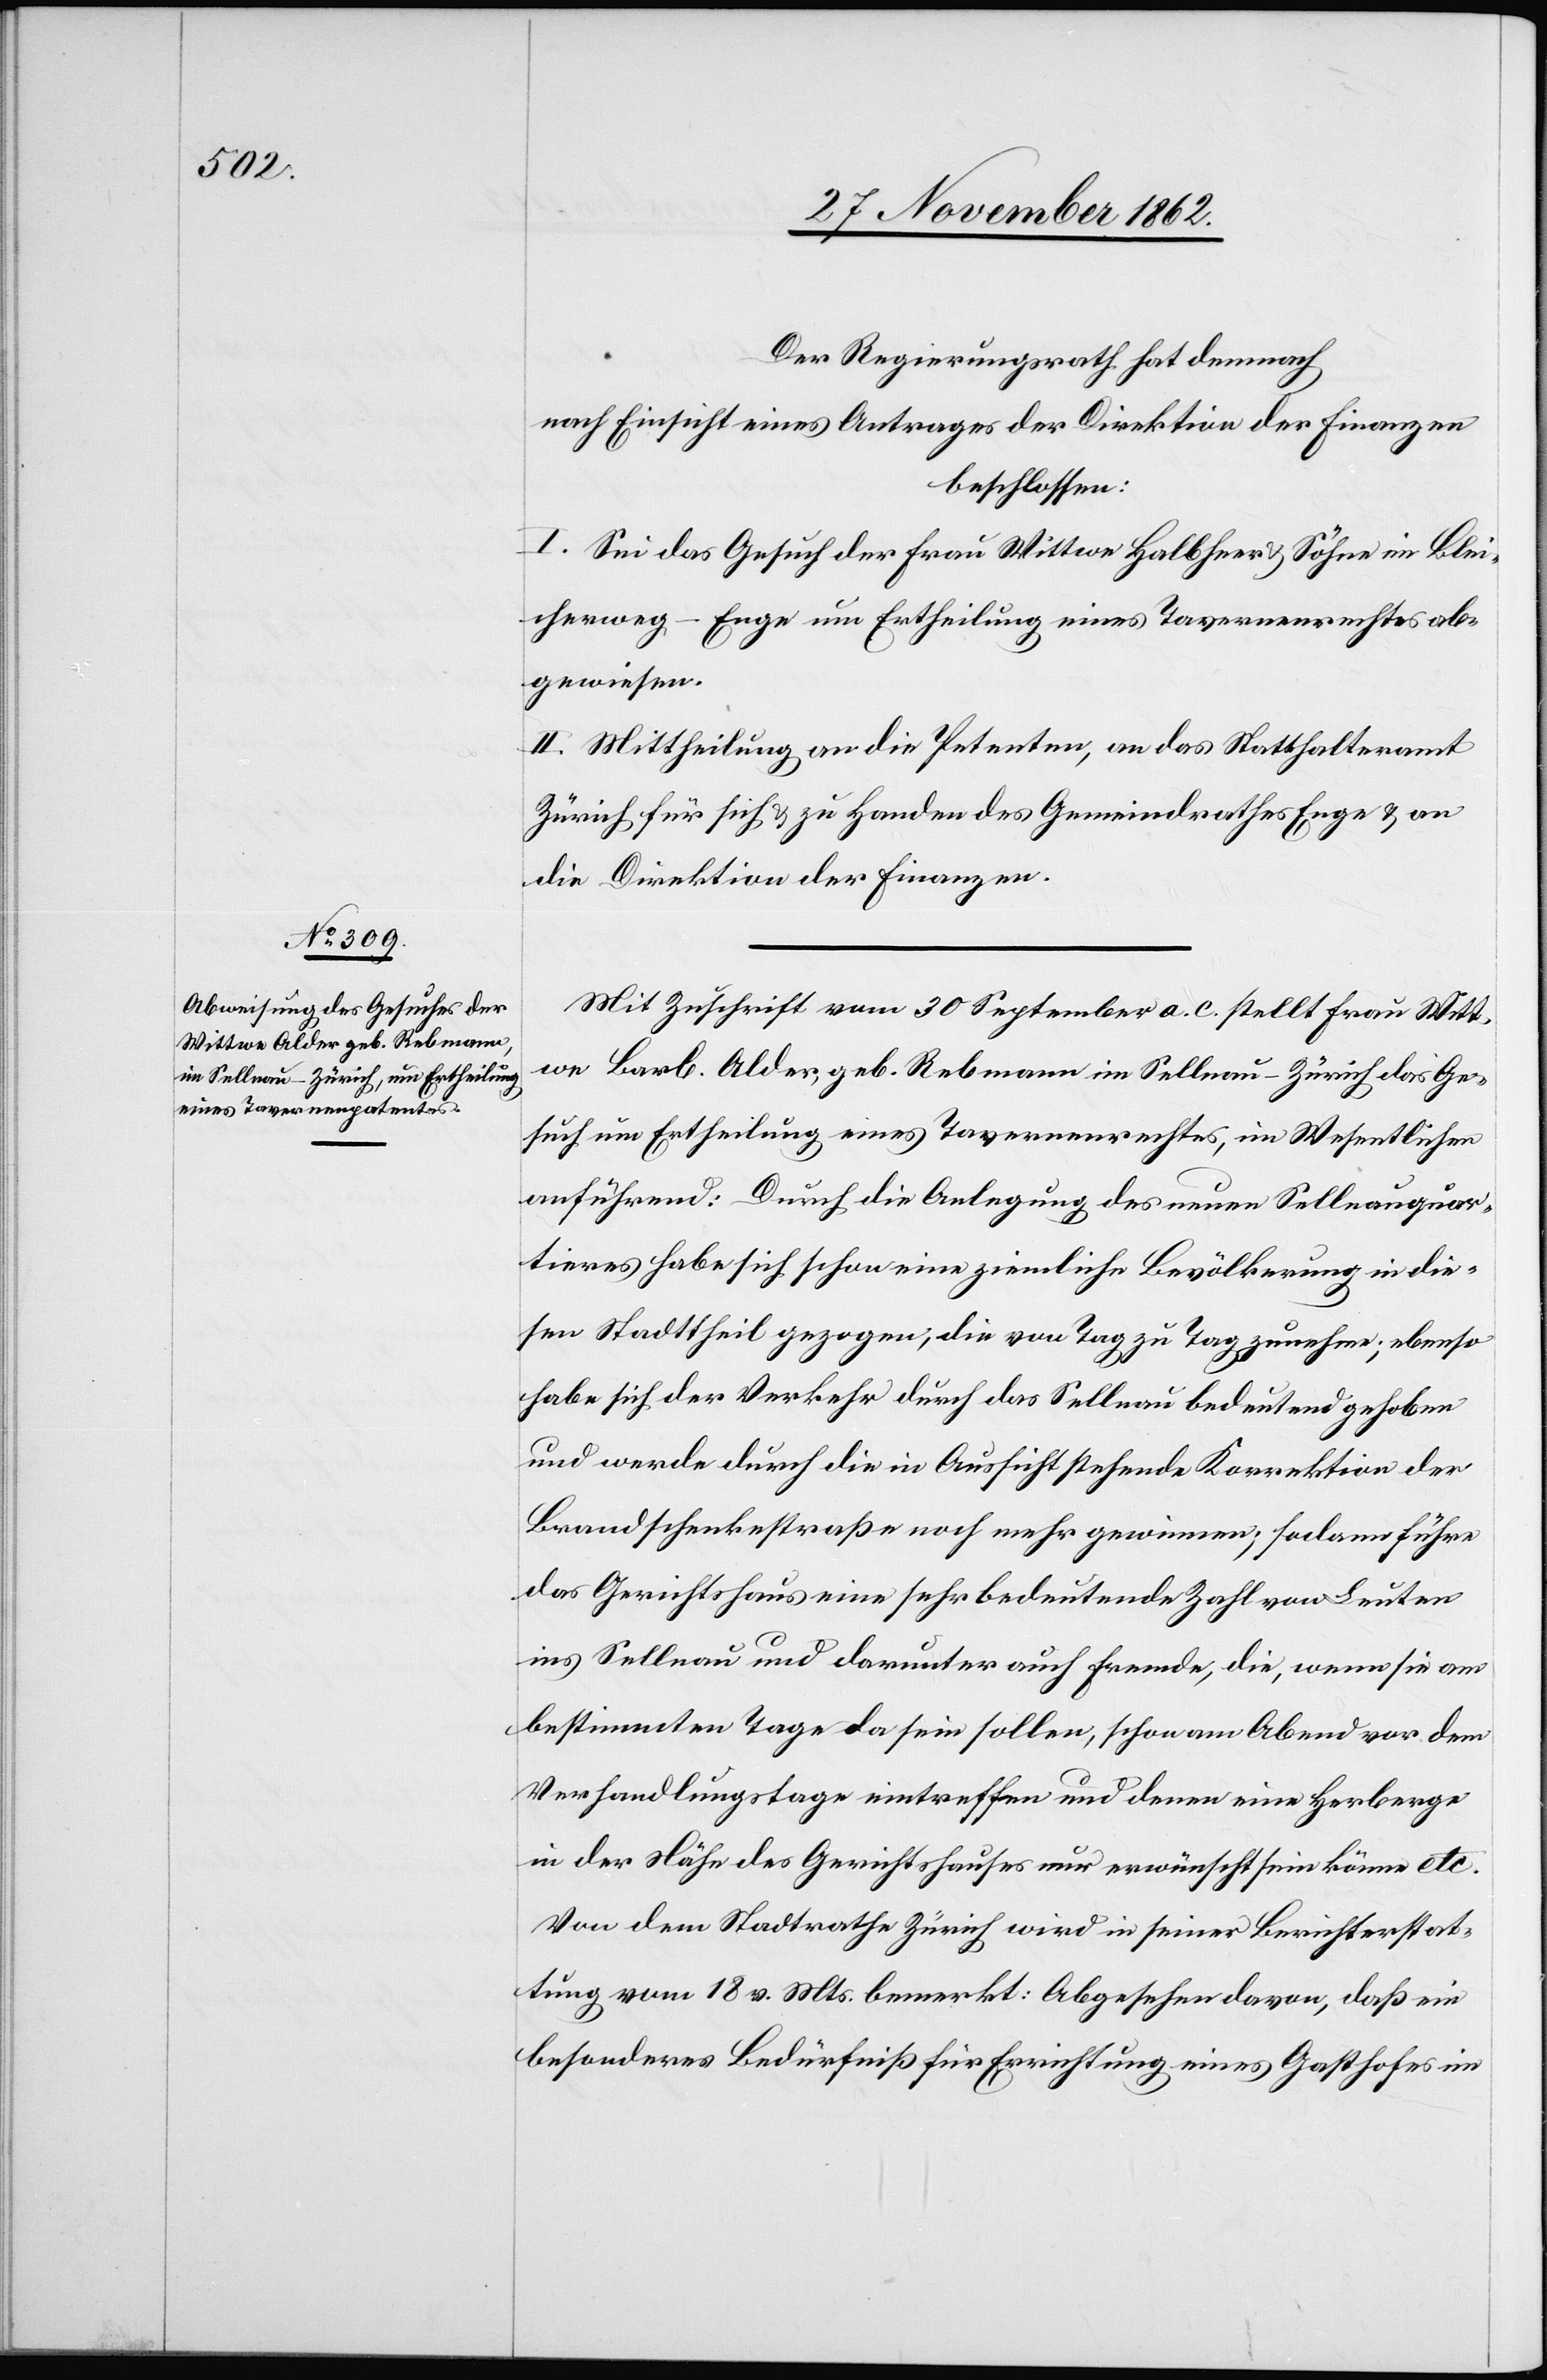
Der Regierungsrath hat demnach
nach Einsicht eines Antrages der Direktion der Finanzen
beschlossen:
I. Sei das Gesuch der Frau Wittwe Halbheer u. Söhne im Blei¬
cherweg-Enge um Ertheilung eines Tavernenrechtes ab¬
gewiesen.
II. Mittheilung an die Petenten, an das Statthalteramt
Zürich für sich u. zu Handen des Gemeindrathes Enge u. an
die Direktion der Finanzen.
Mit Zuschrift vom 30. September a. c. stellt Frau Wit¬
twe Barb. Alder, geb. Rebmann im Sellnau-Zürich das Ge¬
such um Ertheilung eines Tavernenrechtes, im Wesentlichen
anführend: Durch die Anlegung des neuen Sellnauquar¬
tieres habe sich schon eine ziemliche Bevölkerung in die¬
sen Stadttheil gezogen, die von Tag zu Tag zunehme; ebenso
habe sich der Verkehr durch das Sellnau bedeutend gehoben
und werde durch die in Aussicht stehende Korrektion der
Brandschenkestraße noch mehr gewinnen, sodann führe
das Gerichtshaus eine sehr bedeutende Zahl von Leuten
ins Sellnau und darunter auch fremde, die, wenn sie an
bestimmten Tage da sein sollen, schon am Abend vor dem
Verhandlungstage eintreffen und denen eine Herberge
in der Nähe des Gerichtshauses nur erwünscht sein könne etc.
Von dem Stadtrathe Zürich wird in seiner Berichterstat¬
tung vom 18. v. Mts. bemerkt: Abgesehen davon, daß ein
besonderes Bedürfniß für Errichtung eines Gasthofes im